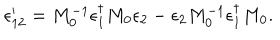
\epsilon _ { 1 2 } ^ { \prime } = M _ { 0 } ^ { - 1 } \epsilon _ { 1 } ^ { \dagger } M _ { 0 } \epsilon _ { 2 } - \epsilon _ { 2 } M _ { 0 } ^ { - 1 } \epsilon _ { 1 } ^ { \dagger } M _ { 0 } .